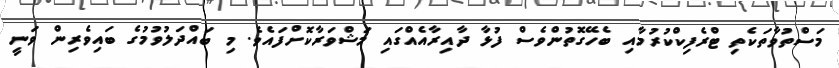
މަސްތުވާތަކެތި ޓްރެފިކްކުރުމާއި ބެހޭގޮތުންވެސް ފުޅާ ދާއިރާއެއްގައި މަޝްވަރާކޮށްފައެވެ. މި ބައްދަލުވުމުގެ ބައިވެރިން ވަނީ